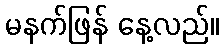
မနက်ဖြန် နေ့လည်။